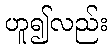
ဟူ၍လည်း